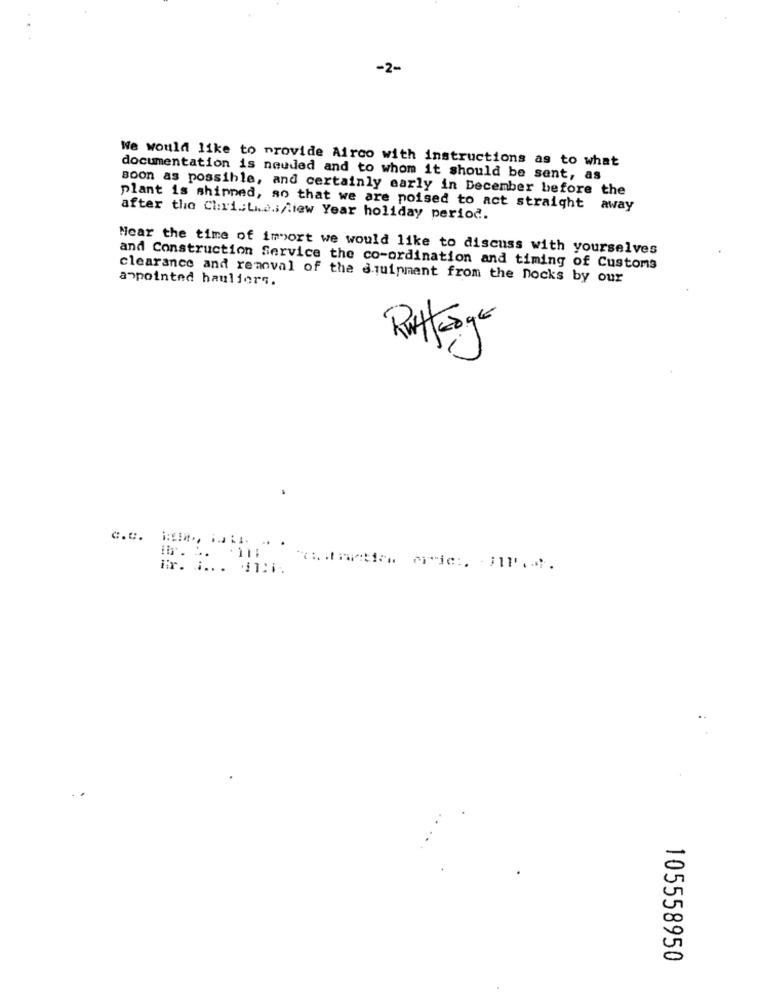
-2-
We would like to provide Airco with instructions as to what
documentation is neuded and to whom it should be sent, as
soon as possible, and certainly early in December before the
plant is shipped, so that we are poised to act straight away
after the Cl:ri .; L.a.s/liew Year holiday period.
Near the time of import we would like to discuss with yourselves
and Construction Service the co-ordination and timing of Customs
clearance and removal of the equipment from the nocks by our
anpointed hauliers.
Ritterger
c.c. im .. ..... .. .
0
0
105558950